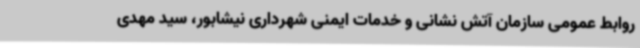
روابط عمومی سازمان آتش نشانی و خدمات ایمنی شهرداری نیشابور، سید مهدی